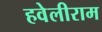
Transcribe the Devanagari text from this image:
हवेलीराम